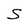
Character: S